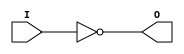
///////////////////////////////////////////////////////////////////////////////
//    Copyright (c) 1995/2009 Xilinx, Inc.
// 
//    Licensed under the Apache License, Version 2.0 (the "License");
//    you may not use this file except in compliance with the License.
//    You may obtain a copy of the License at
// 
//        http://www.apache.org/licenses/LICENSE-2.0
// 
//    Unless required by applicable law or agreed to in writing, software
//    distributed under the License is distributed on an "AS IS" BASIS,
//    WITHOUT WARRANTIES OR CONDITIONS OF ANY KIND, either express or implied.
//    See the License for the specific language governing permissions and
//    limitations under the License.
///////////////////////////////////////////////////////////////////////////////
//   ____  ____
//  /   /\/   /
// /___/  \  /    Vendor : Xilinx
// \   \   \/     Version : 8.1i (I.13)
//  \   \         Description : Xilinx Timing Simulation Library Component
//  /   /                  Inverter
// /___/   /\     Filename : INV.v
// \   \  /  \    Timestamp : Thu Mar 25 16:43:55 PST 2004
//  \___\/\___\
//
// Revision:
//    03/23/04 - Initial version.
//    03/11/05 - Add LOC paramter;
//    12/13/11 - Added `celldefine and `endcelldefine (CR 524859).
// End Revision

`timescale 1 ps/1 ps

`celldefine

module INV (O, I);


`ifdef XIL_TIMING

  parameter LOC = "UNPLACED";

`endif

  output O;
  input I;

  not n1 (O, I);

`ifdef XIL_TIMING

  specify

	(I => O) = (0:0:0, 0:0:0);
	specparam PATHPULSE$ = 0;

  endspecify

`endif

endmodule

`endcelldefine